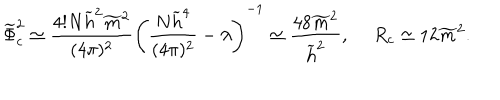
LaTeX: \widetilde { \Phi } _ { c } ^ { 2 } \simeq \frac { 4 ! N \widetilde { h } ^ { 2 } \widetilde { m } ^ { 2 } } { ( 4 \pi ) ^ { 2 } } \left( \frac { N \widetilde { h } ^ { 4 } } { ( 4 \pi ) ^ { 2 } } - \lambda \right) ^ { - 1 } \simeq \frac { 4 8 \widetilde { m } ^ { 2 } } { \widetilde { h } ^ { 2 } } , \ R _ { c } \simeq 1 2 \widetilde { m } ^ { 2 } .